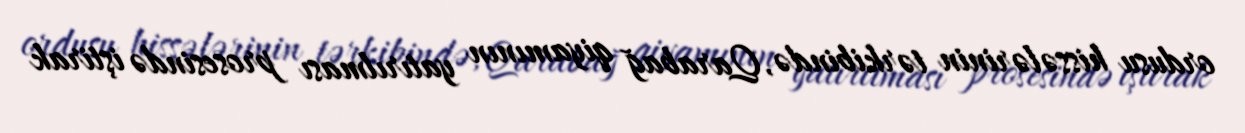
ordusu hissələrinin tərkibində, Qarabağ qiyamının yatırılması prosesində iştirak